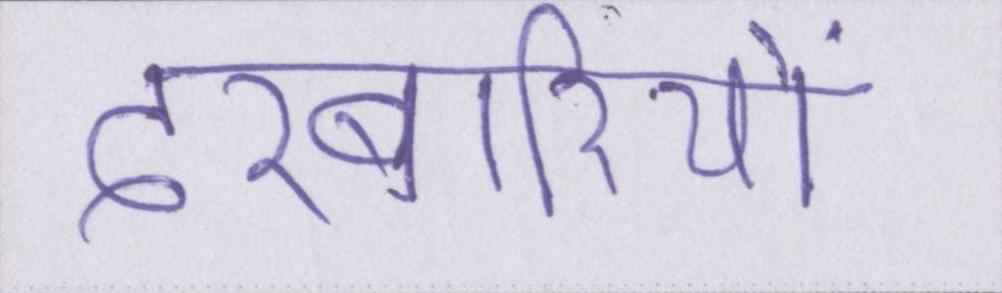
दरबारियों